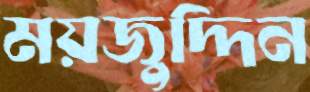
ময়জুদ্দিন